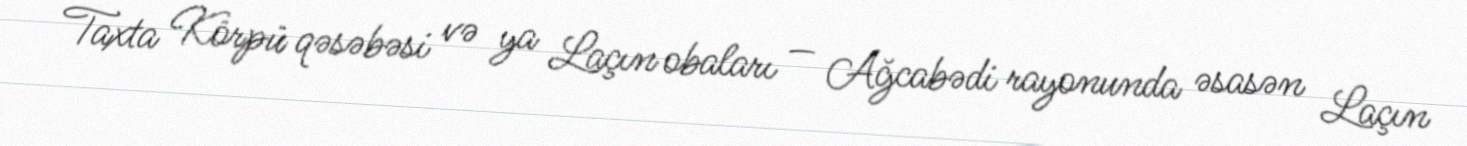
Taxta Körpü qəsəbəsi və ya Laçın obaları — Ağcabədi rayonunda əsasən Laçın